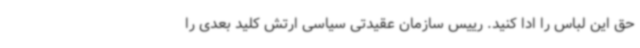
حق این لباس را ادا کنید. رییس سازمان عقیدتی سیاسی ارتش کلید بعدی را